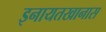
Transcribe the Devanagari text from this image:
इनायतखानास